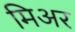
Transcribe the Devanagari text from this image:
मिअर